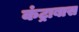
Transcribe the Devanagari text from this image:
कंट्राबास